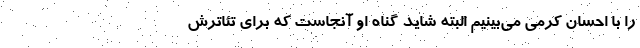
را با احسان کرمی می‌بینیم البته شاید گناه او آنجاست که برای تئاترش